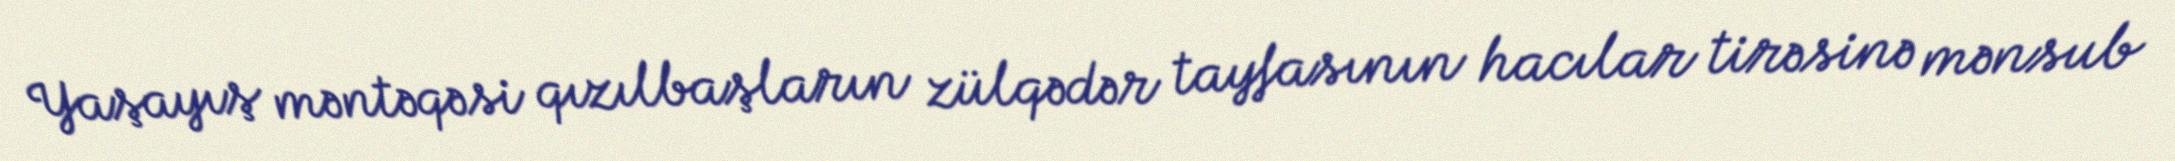
Yaşayış məntəqəsi qızılbaşların zülqədər tayfasının hacılar tirəsinə mənsub